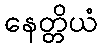
နေတ္တိယံ